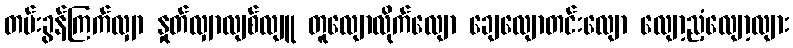
တမ်းခွန်ကြက်လျှာ နှုတ်လျှာလျစ်လျူ တူလျောလိုက်လျော ချေလျောတင်းလျော လျော့ညံ့လျော့လျား